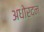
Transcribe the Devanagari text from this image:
अधोरदन